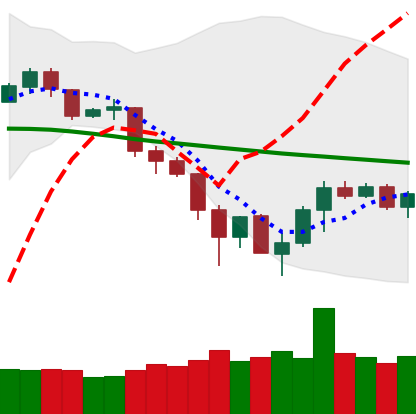
Ticker: TRX-USD
Chart end date: 2019-12-01
Forward return: -7.787%
Label: down_7plus